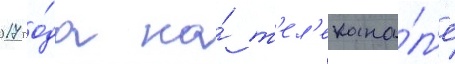
2017 го́да на́ т'ел'екана́л'е